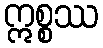
ဣစ္စဿ